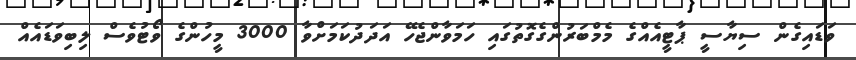
ވަޑައިގެން ސިޔާސީ ޕާޓީއެއްގެ މެމްބަރުންގެގޮތުގައި ހަމަވާންޖެހޭ އަދަދުކަމަށްވާ 3000 މީހުންގެ ވޯޓުވެސް ލިބިވަޑައެއް